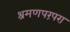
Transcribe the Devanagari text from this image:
श्रमणपरंपरा